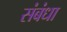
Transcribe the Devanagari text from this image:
संबंधा